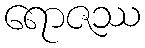
ရောဇဿ